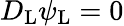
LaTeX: D_{\mathrm{{L}}}\psi_{\mathrm{{L}}}=0